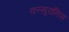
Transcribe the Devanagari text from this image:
कत्सूरानिस